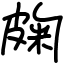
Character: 龾